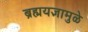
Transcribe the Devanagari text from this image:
ब्रह्मयज्ञामुळे